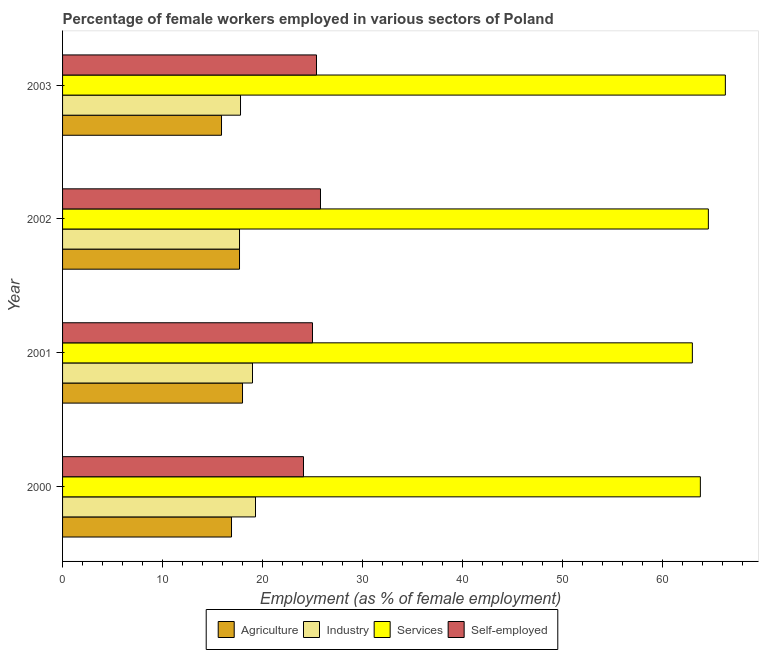
| Year | Agriculture | Industry | Services | Self-employed |
 | --- | --- | --- | --- | --- |
 | 2000 | 16.9 | 19.3 | 63.8 | 24.1 |
 | 2001 | 18 | 19 | 63 | 25 |
 | 2002 | 17.7 | 17.7 | 64.6 | 25.8 |
 | 2003 | 15.9 | 17.8 | 66.3 | 25.4 |